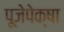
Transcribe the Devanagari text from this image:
पूजेपेक्षा